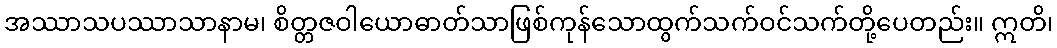
အဿာသပဿာသာနာမ၊ စိတ္တဇဝါယောဓာတ်သာဖြစ်ကုန်သောထွက်သက်ဝင်သက်တို့ပေတည်း။ ဣတိ၊